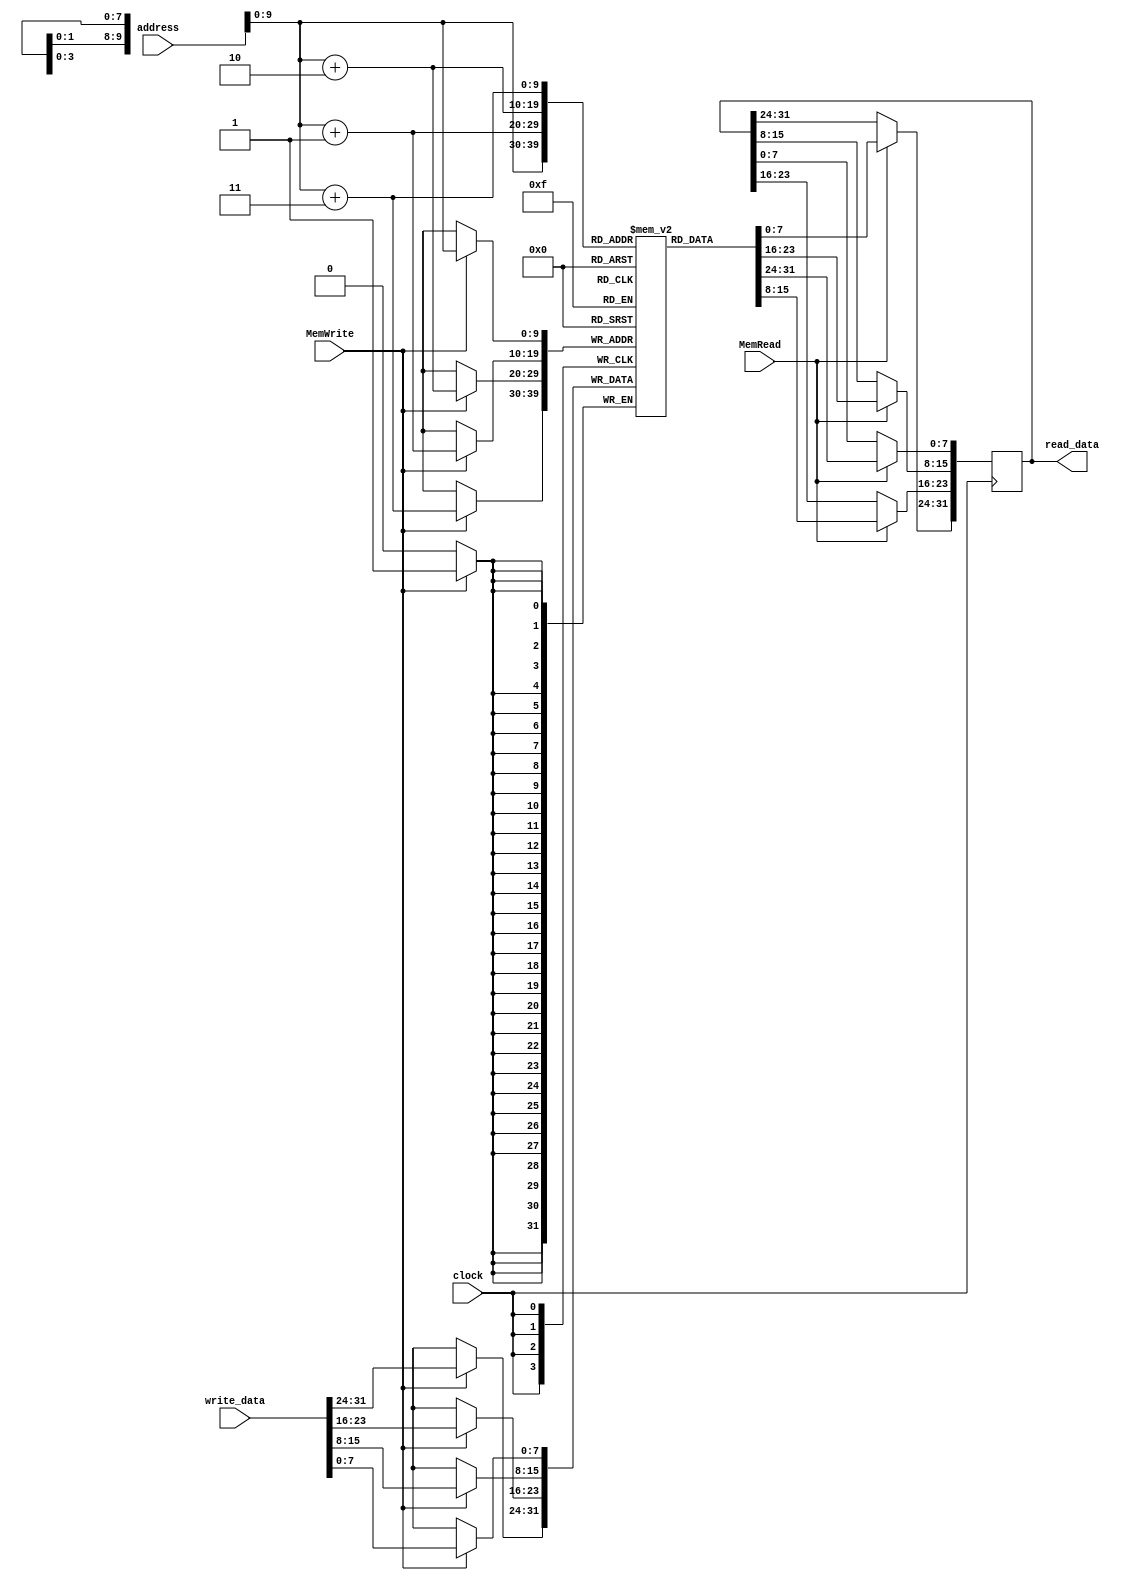
`timescale 1ns / 1ps

module data_memory(
	input clock, input [31:0] address, input [31:0] write_data, input MemWrite, input MemRead, 
	output reg [31:0] read_data
	);
	
	reg [7:0] data_memory [1023:0];
	integer i;
	
	initial
		for(i=0; i<=1023; i=i+1)
			data_memory[i] = i;
	
	always@(posedge clock)
		begin
			if(MemRead)
				begin
					read_data[7:0] = data_memory[address];
					read_data[15:8] = data_memory[address+1];
					read_data[23:16] = data_memory[address+2];
					read_data[31:24] = data_memory[address+3];
				end
			if(MemWrite) 
				begin
					data_memory[address] = write_data[7:0];
					data_memory[address+1] = write_data[15:8];
					data_memory[address+2] = write_data[23:16];
					data_memory[address+3] = write_data[31:24];
				end	
		end

endmodule